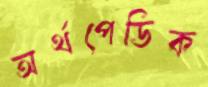
অর্থপেডিক